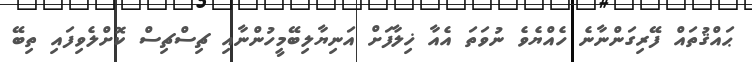
ޙައްޤުތައް ފޭރިގަންނާނެ ހެއްޔެވެ ނުވަތަ އެއާ ޚިލާފަށް އަނިޔާލިބޭމީހުންނާއި ޗިސްޗިސް ކޮށްލެވިފައި ތިބޭ